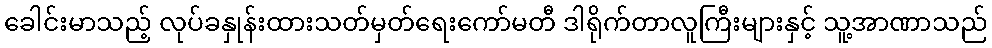
ခေါင်းမာသည့် လုပ်ခနှုန်းထားသတ်မှတ်ရေးကော်မတီ ဒါရိုက်တာလူကြီးများနှင့် သူ့အာဏာသည်